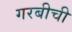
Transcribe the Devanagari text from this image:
गरबीची